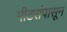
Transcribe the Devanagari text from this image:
मीटरांपासून